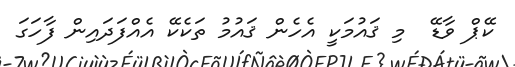
ކޭޕް ވާޑޭ  މި ޤައުމަކީ އެހެން ޤައުމު ތަކެކޭ އެއްފަދައިން ފާހަގަ